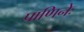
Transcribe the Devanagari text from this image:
पाणिनेः